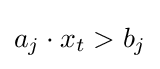
a_{j}\cdot x_{t}>b_{j}